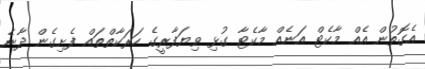
އެގޮތުން އެއް މާކެޓް އަނެއް މާކެޓާ ގުޅި ވިޔަފާރީގެ ހަރަކާތްތައް ފެށިގެން ދާނެ